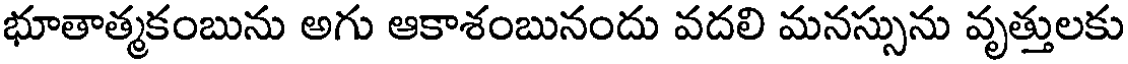
భూతాత్మకంబును అగు ఆకాశంబునందు వదలి మనస్సును వృత్తులకు